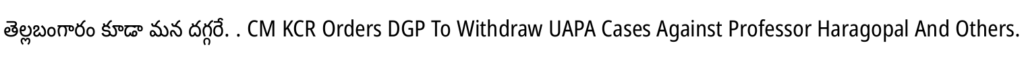
తెల్లబంగారం కూడా మన దగ్గరే. . CM KCR Orders DGP To Withdraw UAPA Cases Against Professor Haragopal And Others.